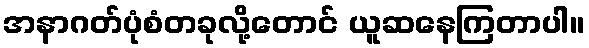
အနာဂတ်ပုံစံတခုလို့တောင် ယူဆနေကြတာပါ။